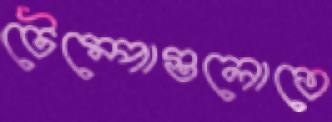
টেম্পোগুলোতে